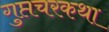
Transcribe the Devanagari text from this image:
गुप्तचरकथा